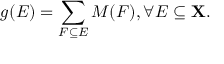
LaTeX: g ( E ) = \sum _ { F \subseteq E } M ( F ) , \forall E \subseteq \mathbf { X } .